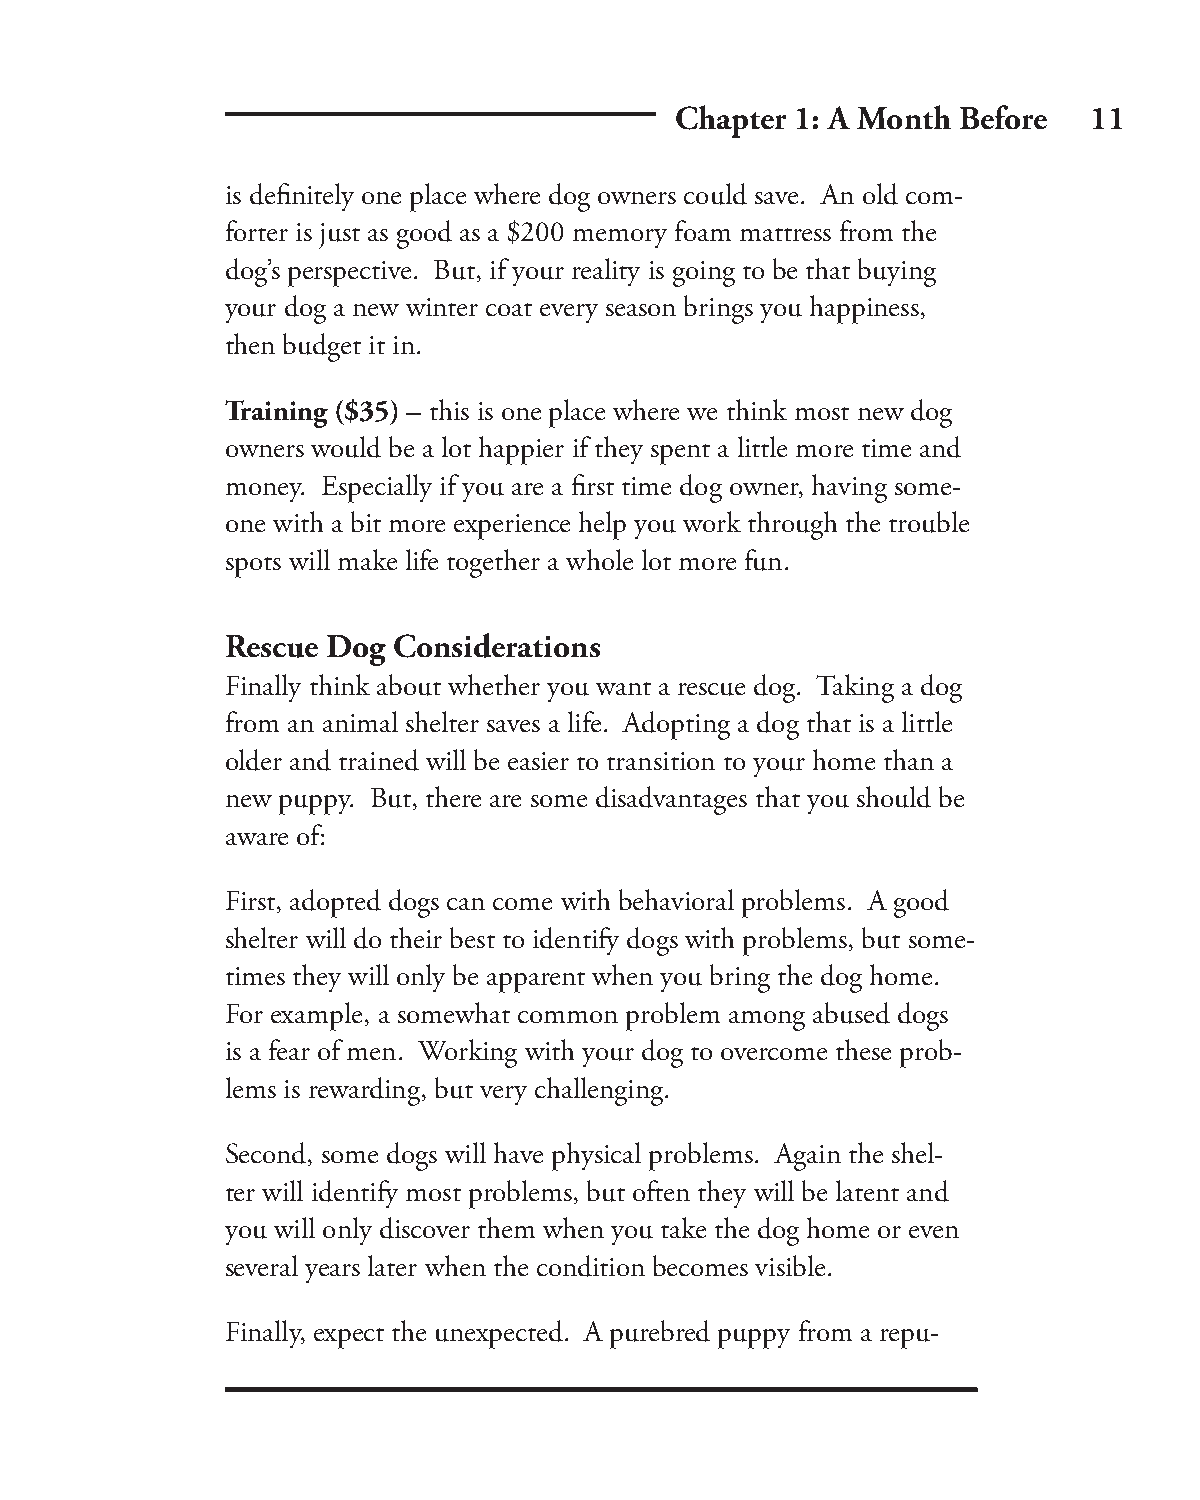
Chapter 1: A Month Before  11
 is defi nitely one place where dog owners could save. An old com-
 forter is just as good as a $200 memory foam mattress from the
 dog’s perspective. But, if your reality is going to be that buying
 your dog a new winter coat every season brings you happiness,
 then budget it in.
 Training ($35) – this is one place where we think most new dog
 owners would be a lot happier if they spent a little more time and
 money. Especially if you are a fi rst time dog owner, having some-
 one with a bit more experience help you work through the trouble
 spots will make life together a whole lot more fun.
 Rescue Dog Considerations
 Finally think about whether you want a rescue dog. Taking a dog
 from an animal shelter saves a life. Adopting a dog that is a little
 older and trained will be easier to transition to your home than a
 new puppy. But, there are some disadvantages that you should be
 aware of:
 First, adopted dogs can come with behavioral problems. A good
 shelter will do their best to identify dogs with problems, but some-
 times they will only be apparent when you bring the dog home.
 For example, a somewhat common problem among abused dogs
 is a fear of men. Working with your dog to overcome these prob-
 lems is rewarding, but very challenging.
 Second, some dogs will have physical problems. Again the shel-
 ter will identify most problems, but often they will be latent and
 you will only discover them when you take the dog home or even
 several years later when the condition becomes visible.
 Finally, expect the unexpected. A purebred puppy from a repu-